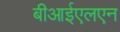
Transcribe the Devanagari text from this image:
बीआईएलएन